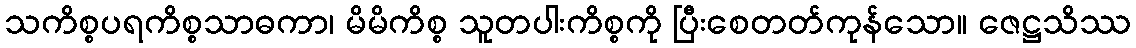
သကိစ္စပရကိစ္စသာဓကာ၊ မိမိကိစ္စ သူတပါးကိစ္စကို ပြီးစေတတ်ကုန်သော။ ဇေဋ္ဌသိဿ